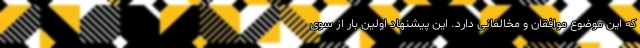
که این موضوع موافقان و مخالفانی دارد. این پیشنهاد اولین بار از سوی